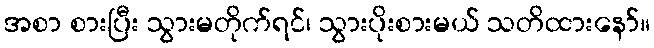
အစာ စားပြီး သွားမတိုက်ရင်၊ သွားပိုးစားမယ် သတိထားနော်။